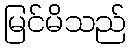
မြင်မိသည်